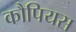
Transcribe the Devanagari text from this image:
कौपियस